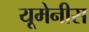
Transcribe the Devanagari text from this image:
यूमेनीस